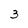
Character: 3